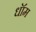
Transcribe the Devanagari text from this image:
धॉम